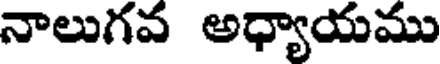
నాలుగవ అధ్యాయము